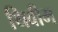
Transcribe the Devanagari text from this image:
थिवीम